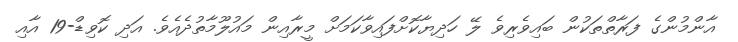
އާންމުންގެ ފަރާތްތަކުން ބައިވެރިވެ ލޭ ހަދިޔާކޮށްފައިވާކަމަށް މީރާއިން މައުލޫމާތުދެއެވެ. އަދި ކޮވިޑް-19 އާއި